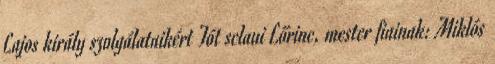
Lajos király szolgálataikért Tót sclaui Lőrinc, mester fiainak: Miklós